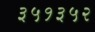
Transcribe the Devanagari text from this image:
३५१३५२